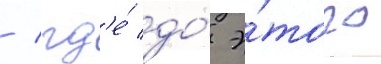
/ гд'е́ до́ э́того